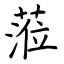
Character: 蒞